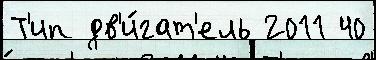
Т'ип дв'и́гат'ель 2011 40